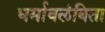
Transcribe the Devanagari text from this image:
धर्मावलंबिता